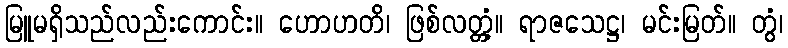
မြူမရှိသည်လည်းကောင်း။ ဟောဟတိ၊ ဖြစ်လတ္တံ့။ ရာဇသေဋ္ဌ၊ မင်းမြတ်။ တွံ၊